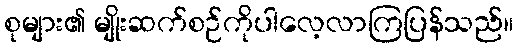
စုများ၏ မျိုးဆက်စဉ်ကိုပါလေ့လာကြပြန်သည်။